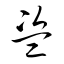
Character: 盗